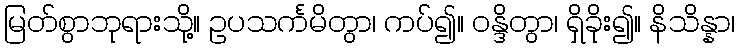
မြတ်စွာဘုရားသို့။ ဥပသင်္ကမိတွာ၊ ကပ်၍။ ဝန္ဒိတွာ၊ ရှိခိုး၍။ နိသိန္နာ၊